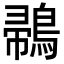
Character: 𪂪